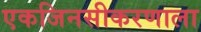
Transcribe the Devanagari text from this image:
एकजिनसीकरणाला